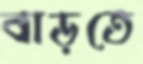
বাড়তে